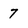
Character: 7